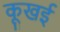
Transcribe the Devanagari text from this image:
कूखई